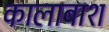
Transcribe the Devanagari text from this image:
कालाबाश